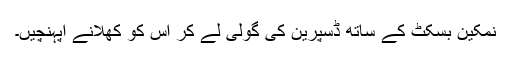
نمکین بسکٹ کے ساتھ ڈسپرین کی گولی لے کر اس کو کھلانے آپہنچیں۔